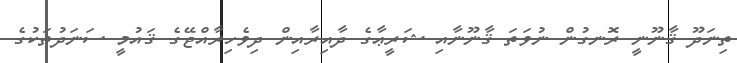
ތިނަދޫ ޤާނޫނީ ރޮނގުން ނުވަތަ ޤާނޫނާއި ޝަރީޢާގެ ދާއިރާއިން ދިވެހިރާއްޖޭގެ ޤައުމީ ސަނަދުތަކުގެ